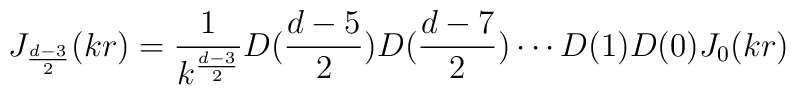
J_{\frac{d-3}{2}}(kr)=\frac{1}{k^{\frac{d-3}{2}}}D(\frac{d-5}{2})D(\frac{d-7}{2})\cdots D(1)D(0)J_0(kr)